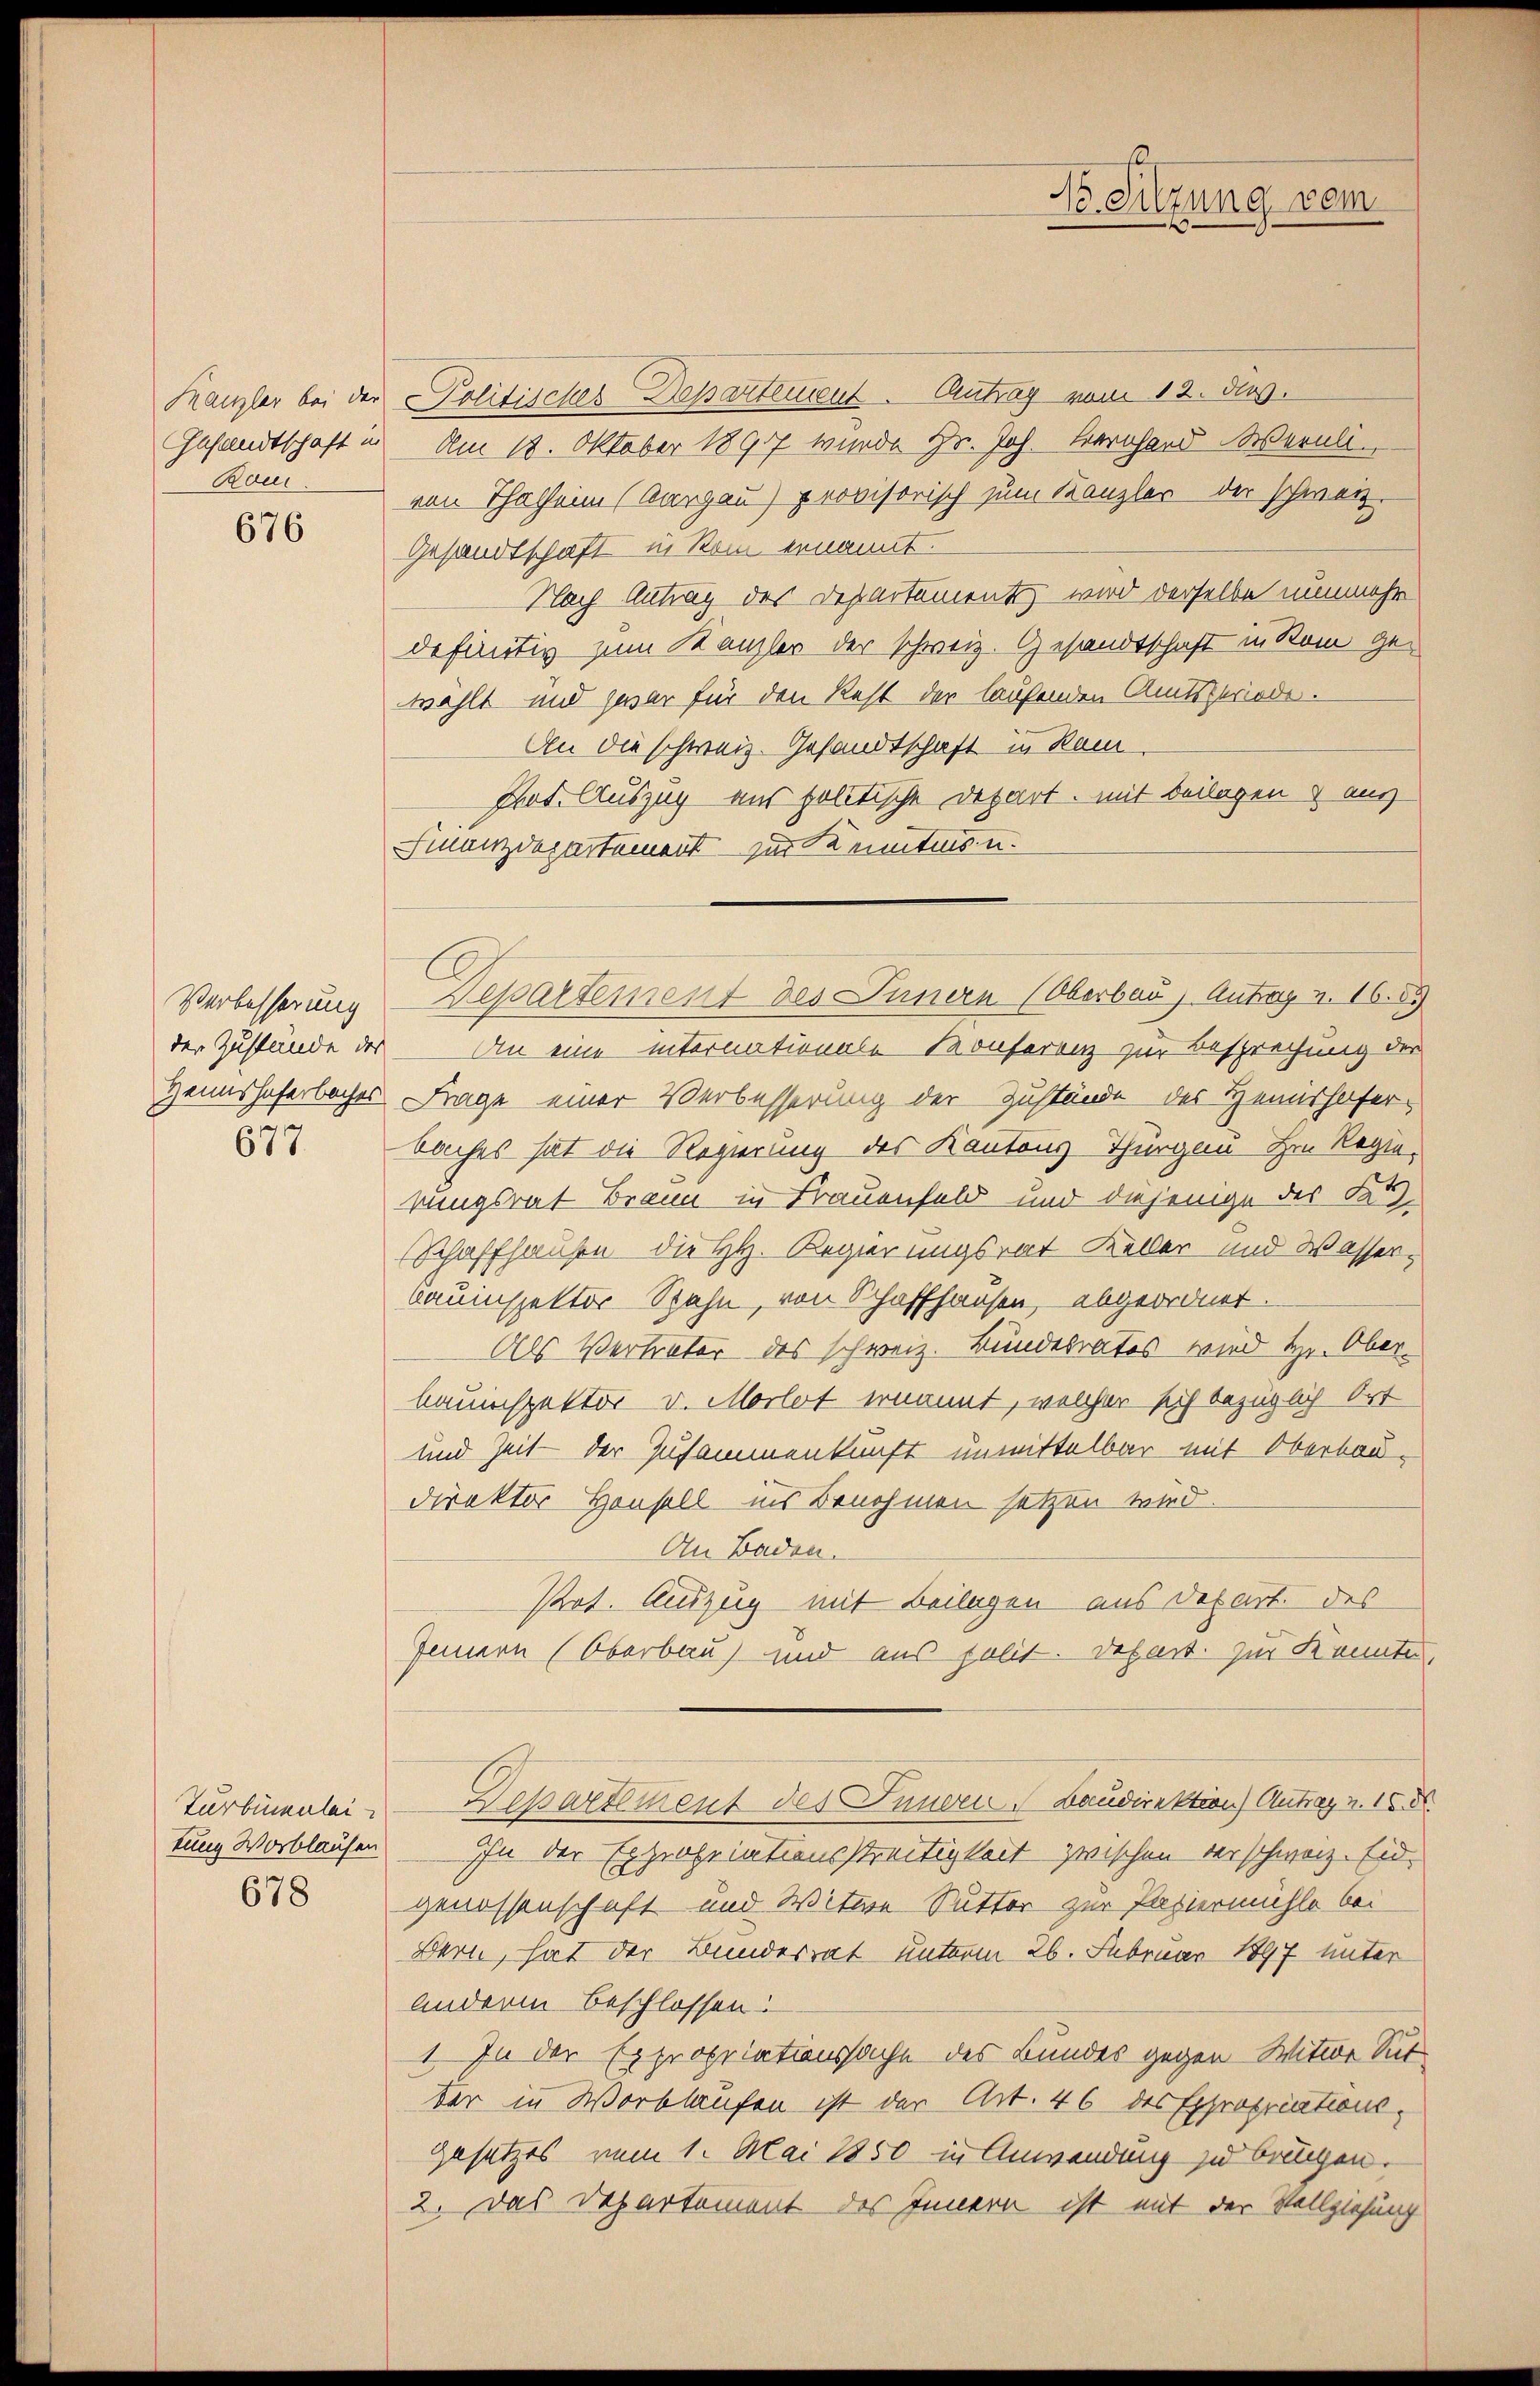
Kanzler bei der
Gesandtschaft in
Ran

676

Verbesserung
der Zustände des
Heimshoferbacher

677

Turbenenlei
tung Worblaufen
678

-Politisches Departement. Antrag vom 12. dies
Am 18. Oktober 1890 wurde Hr. Joh. Bernhard Wernli
von Thalheim (Aargau) provisorisch zum Kanzler der schweiz.
Gesandtschaft in Rom ernannt.
Nach Antrag des Departement, wird derselbe nunmehr
definitiv zum Kanzler der schweiz. Gesandtschaft in Rom gewählt und zwar für den Rest der laufenden Amtsperiode.
An die schweiz. Gesandtschaft in Kam
Tat. Auszug aus politische Depart, mit Beilagen aus
Finanzdepartement zur Kenntnis u.
An eine internationale Konferenz zur Besprechung der
Frage einer Verbesserung der Zustände des Heimishofer-
Saches hat die Regierung des Kantons-Thurgau. Hrn. Regiekungsrat Braun in Frauenfeld und diejenige der Fi¬
Schaffhausen die HH. Regierungsrat Keller und Wasser,
bauinspektor Rahn, von Schaffhausen, abgeordnet.
Als Vertreter des schweiz. Bundesrates wird Hr. Ober-
bauinspektor v. Morlot ernannt, welcher sich bezüglich Ort
und Zeit der Zusammenkunft unmittelbar mit Oberbau-
direktor Hausell ins Benehmen setzen wird.
An Baden.
Pot. Auszug mit Beilagen aus Depart. des
Innern (Oberbau) und aus polit. Depart. Zur Konnte
Departement des Innern Baudirektion) Antrag u. 15 d
Ihn der Expropriationsstreitigkeit zwischen verschweiz. Eid
genossenschaft und Witwe Sutter zur Papiermühle bei
Bern, hat der Bundesrat unterm 26. Februar 1897 unter
Anderen beschlossen:
1. In der Expropriationssache des Bundes gegen Witwe Sut
der in Wortlaufen ist der Art. 46 des Expropriations¬
Gesetzes vom 1. Mai 1850 in Anwendung zu bringen.
2. Das Departement des Innern ist mit der Vollziehung

Departement des Innern (Oberbar, Antrag u. 16. 89

Be Sitzung vom